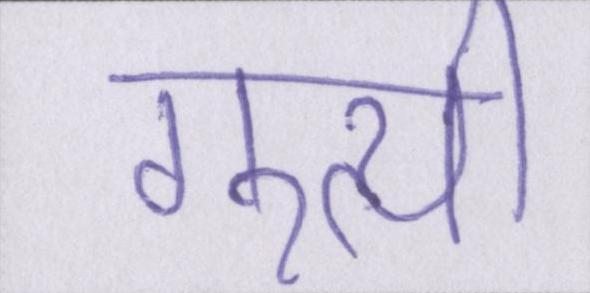
गुत्थी